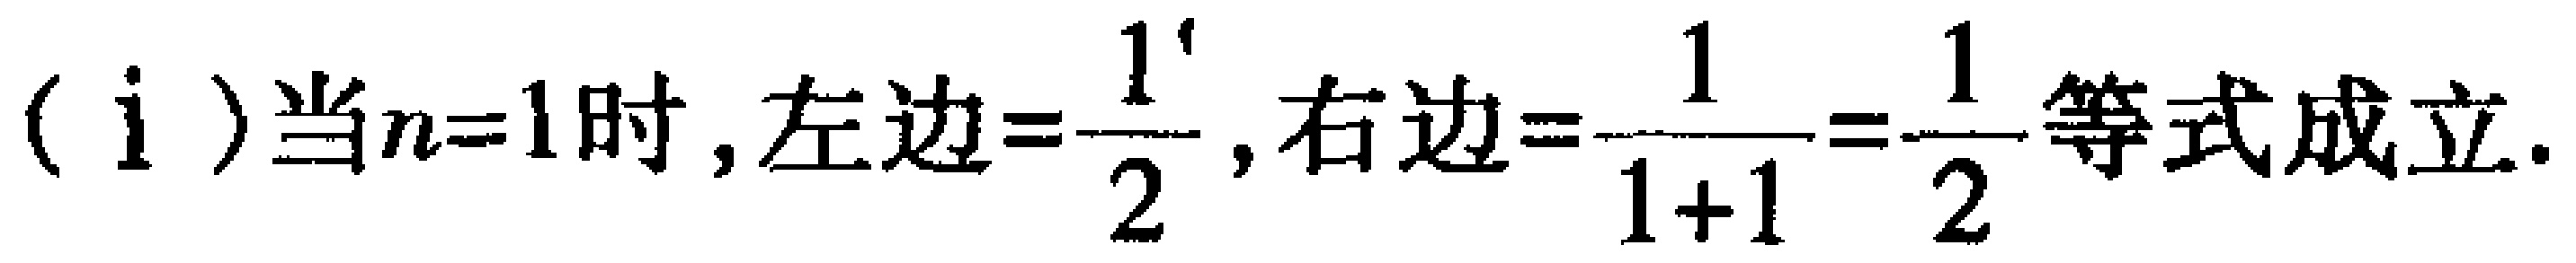
(i)当\(n = 1\)时,左边\(=\frac{1}{2}\),右边\(=\frac{1}{1 + 1}=\frac{1}{2}\)等式成立.